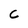
Character: C